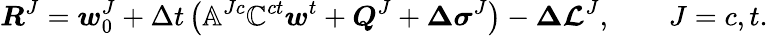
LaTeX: \boldsymbol{R}^{J}=\boldsymbol{w}_{0}^{J}+\Delta t\left(\mathbb{A}^{Jc}\mathbb{C}^{ct}\boldsymbol{w}^{t}+\boldsymbol{Q}^{J}+\boldsymbol{\Delta\sigma}^{J}\right)-\boldsymbol{\Delta\mathcal{L}}^{J},\qquad J=c,t.